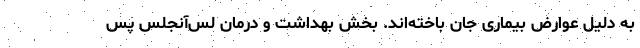
به دلیل عوارض بیماری جان باخته‌اند. بخش بهداشت و درمان لس‌آنجلس پس